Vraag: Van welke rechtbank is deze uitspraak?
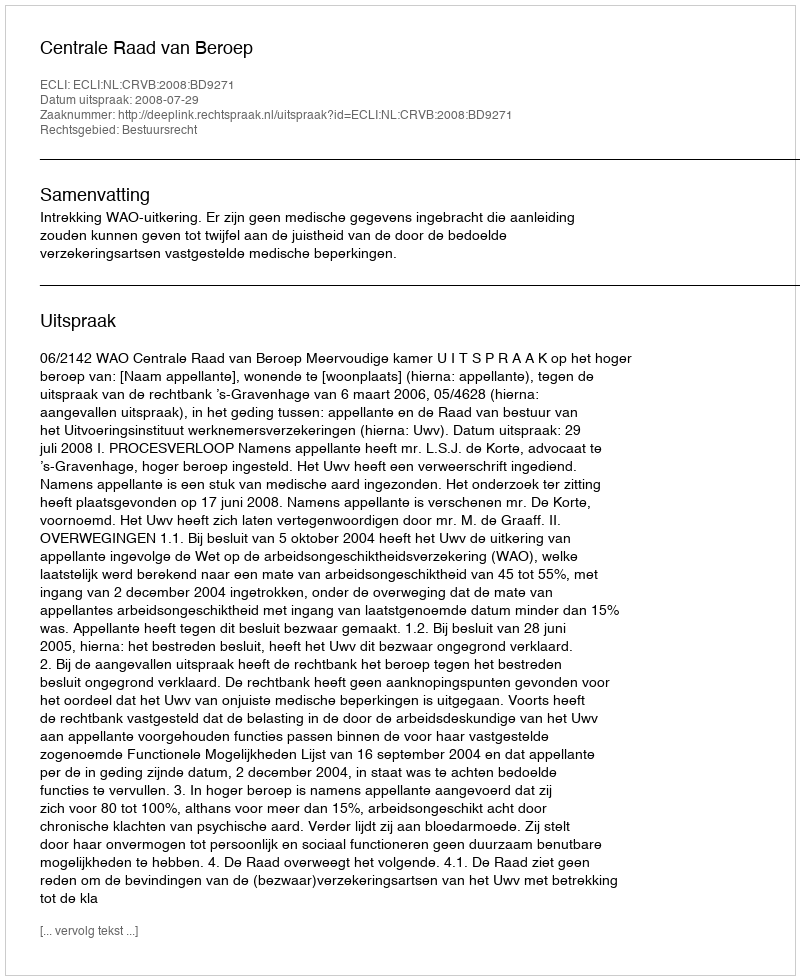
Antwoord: Centrale Raad van Beroep